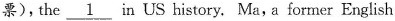
票),the \underline{1} in US history. Ma, a former English